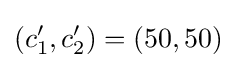
(c_{1}',c_{2}')=(50,50)